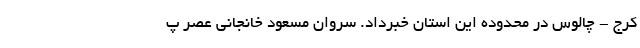
کرج - چالوس در محدوده این استان خبرداد. سروان مسعود خانجانی عصر پ